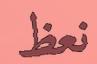
نعظ